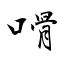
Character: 嗗